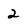
Character: 2